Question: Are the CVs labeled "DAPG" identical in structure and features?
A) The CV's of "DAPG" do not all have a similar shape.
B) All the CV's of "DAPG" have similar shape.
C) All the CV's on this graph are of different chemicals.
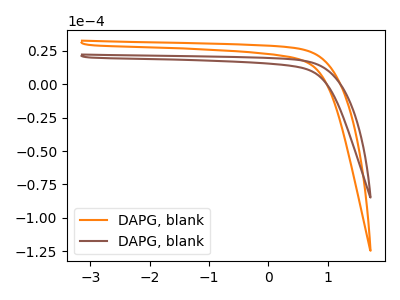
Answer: <think>The orange curve "DAPG, blank1" has no peaks. The brown curve "DAPG, blank2" has no peaks.
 Neither "DAPG, blank1" or "DAPG, blank2" have any peaks.</think>
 <answer>B) All the CV's of "DAPG" have similar shape.</answer>
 <eval>B</eval>